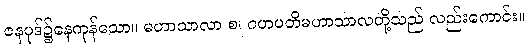
ဇနပုဒ်၌နေကုန်သော။ မဟာသာလာ စ၊ ဂဟပတိမဟာသာလတို့သည် လည်းကောင်း။